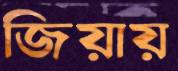
জিয়ায়